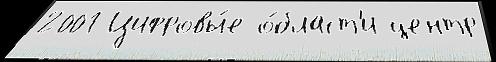
2001 Цифровы́е о́бласт'и центр